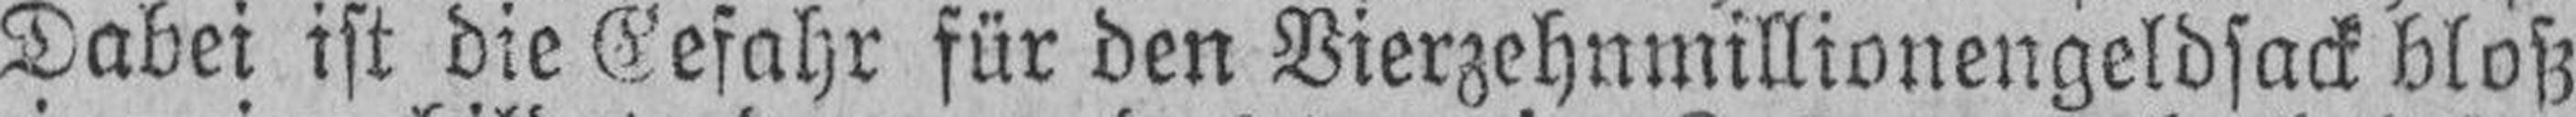
Dabei ist die Gefahr für den Vierzehnmillionengeldsack bloß